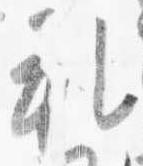
礼